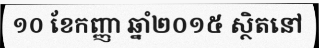
១០ ខែកញ្ញា ឆ្នាំ២០១៥ ស្ថិតនៅ